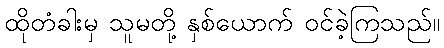
ထိုတံခါးမှ သူမတို့ နှစ်ယောက် ဝင်ခဲ့ကြသည်။